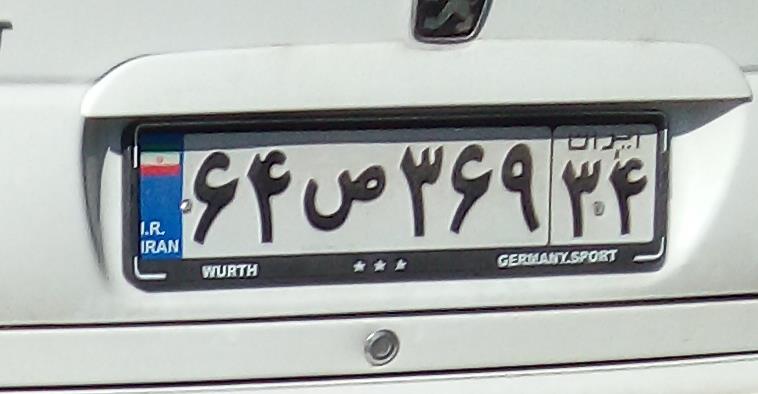
۶۴ص۳۶۹۳۴